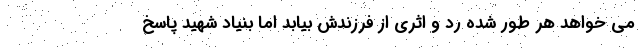
می خواهد هر طور شده رد و اثری از فرزندش بیابد اما بنیاد شهید پاسخ